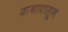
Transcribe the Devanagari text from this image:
दाबापासून